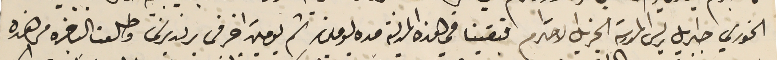
الخوري جبرايل ريس المدرسة الجزيل الاحترام فبقينا فى هذه المدينة مده يومين ثم يومين اخر فى برنديرنسَ وطلعنا الباخره من هذه